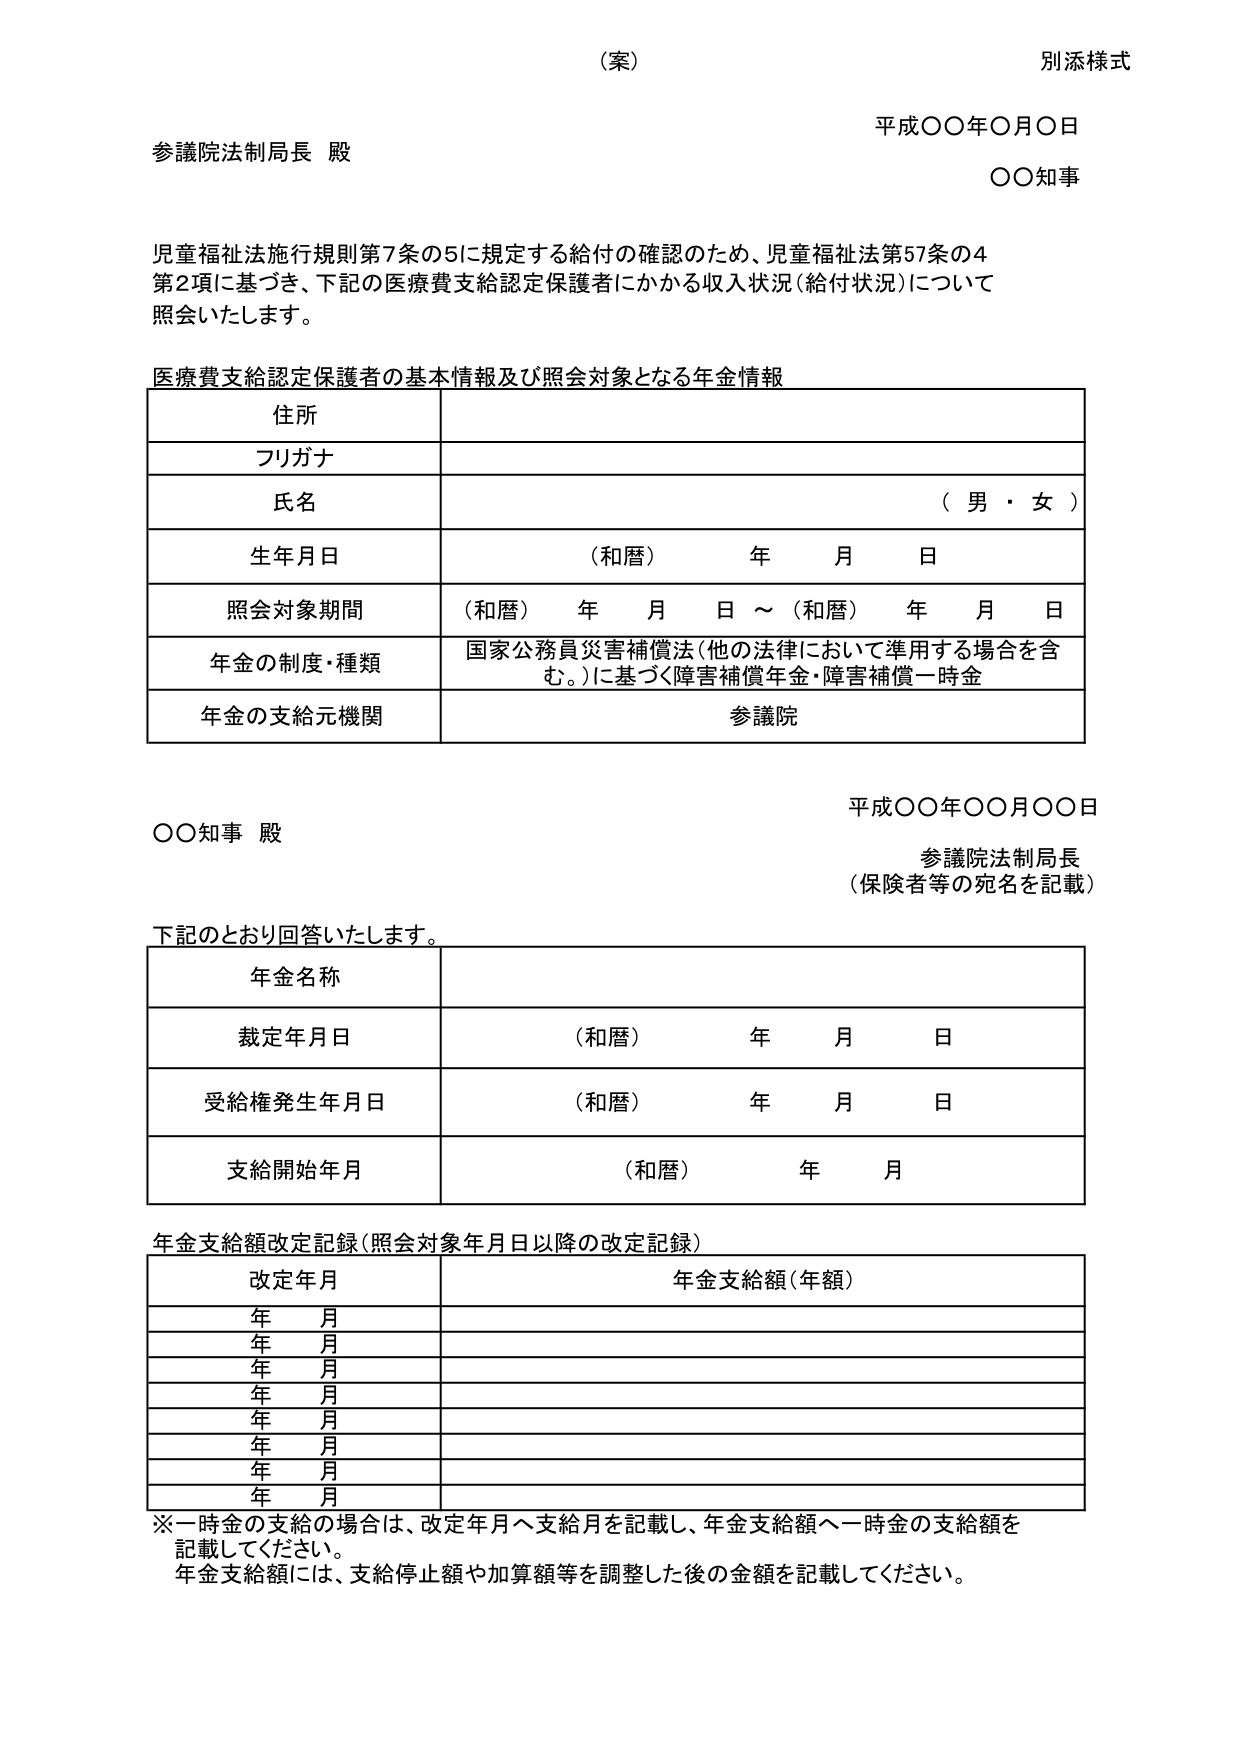
（案）
別添様式

平成〇〇年〇月〇日
〇〇知事

参議院法制局長 殿

児童福祉法施行規則第7条の5に規定する給付の確認のため、児童福祉法第57条の4
第2項に基づき、下記の医療費支給認定保護者にかかる収入状況（給付状況）について
照会いたします。

医療費支給認定保護者の基本情報及び照会対象となる年金情報

| 住所 |
|------|
| フリガナ |
| 氏名 | （男・女） |
| 生年月日 | （和暦） 年 月 日 |
| 照会対象期間 | （和暦） 年 月 日 ～ （和暦） 年 月 日 |
| 年金の制度・種類 | 国家公務員災害補償法（他の法律において準用する場合を含む。）に基づく障害補償年金・障害補償一時金 |
| 年金の支給元機関 | 参議院 |

平成〇〇年〇〇月〇〇日
〇〇知事 殿
参議院法制局長
（保険者等の宛名を記載）

下記のとおり回答いたします。

| 年金名称 |
|----------|
| 裁定年月日 | （和暦） 年 月 日 |
| 受給権発生年月日 | （和暦） 年 月 日 |
| 支給開始年月 | （和暦） 年 月 |

年金支給額改定記録（照会対象年月日以降の改定記録）

| 改定年月 | 年金支給額（年額） |
|----------|------------------|
| 年 月 | |
| 年 月 | |
| 年 月 | |
| 年 月 | |
| 年 月 | |
| 年 月 | |
| 年 月 | |
| 年 月 | |

※一時金の支給の場合は、改定年月へ支給月を記載し、年金支給額へ一時金の支給額を
記載してください。
年金支給額には、支給停止額や加算額等を調整した後の金額を記載してください。